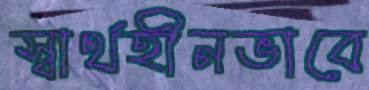
স্বার্থহীনভাবে